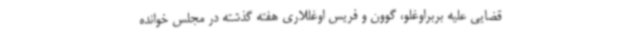
قضایی علیه بربراوغلو، گوون و فریس اوغللاری هفته گذشته در مجلس خوانده